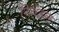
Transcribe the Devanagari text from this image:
रिवहन